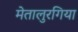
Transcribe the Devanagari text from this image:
मेतालुरगिया